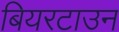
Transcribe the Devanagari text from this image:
बियरटाउन